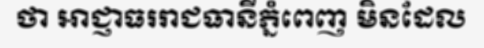
ថា អាជ្ញាធររាជធានីភ្នំពេញ មិនដែល